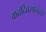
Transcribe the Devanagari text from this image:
वाढदिवसानंतर